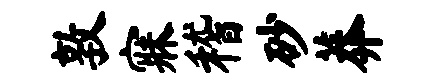
敦寐稽砂莽